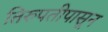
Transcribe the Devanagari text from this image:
तिरुपतीपासून